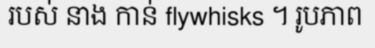
របស់ នាង កាន់ flywhisks ។ រូបភាព